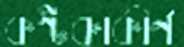
কণ্টকাকীর্ণ